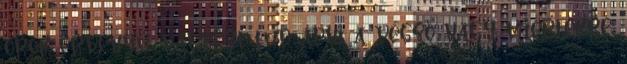
örök érvényű választ tud adni a végső nagy miértekre.